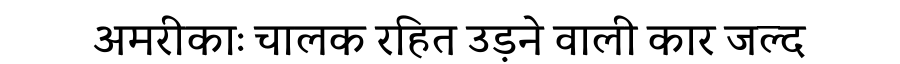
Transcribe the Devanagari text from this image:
अमरीकाः चालक रहित उड़ने वाली कार जल्द